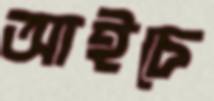
আইচে